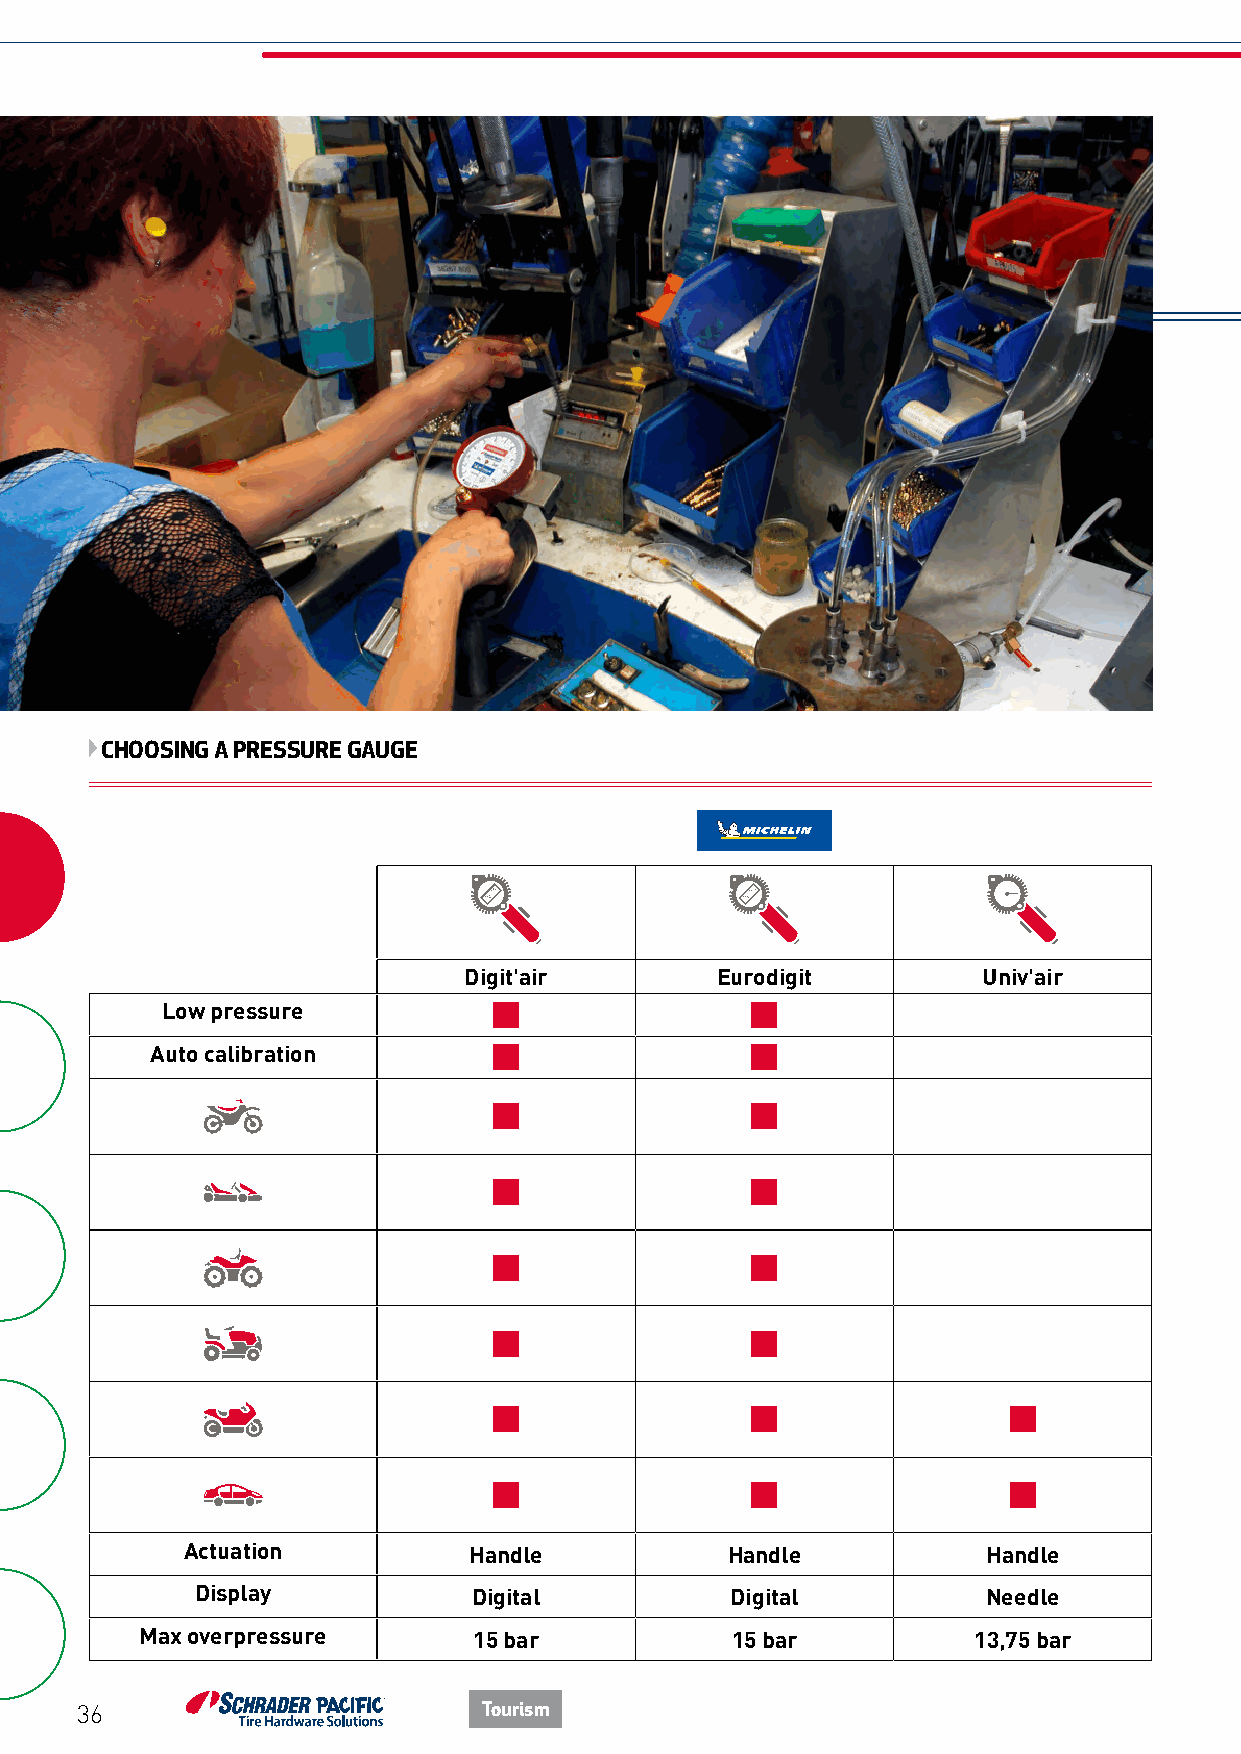
CHOOSING A PRESSURE GAUGE
 Digit'air       Eurodigit         Univ'air                       Eurodainu               Mast'air                Maestro
 Low pressure
 Auto calibration
 Actuation          Handle           Handle           Handle                          Handle                 Buttons                 Buttons
 Display           Digital          Digital          Needle                          Needle                  Needle                 Needle
 Max overpressure      15 bar           15 bar          13,75 bar                       13,75 bar                15 bar                 7,5 bar
 36                         Tourism